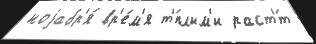
ноjабр'я́ вр'е́м'я т'́плым'и раст'́т